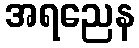
အရညေန